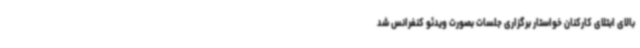
بالای ابتلای کارکنان خواستار برگزاری جلسات بصورت ویدئو کنفرانس شد